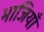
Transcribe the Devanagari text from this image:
भाजियाँ